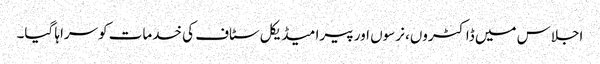
اجلاس میں ڈاکٹروں، نرسوں اور پیرا میڈیکل سٹاف کی خدمات کوسراہا گیا۔